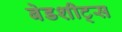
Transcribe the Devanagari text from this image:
बेडशीट्स